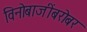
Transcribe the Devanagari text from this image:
विनोबाजींबरोबर